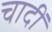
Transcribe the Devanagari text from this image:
चादीं